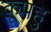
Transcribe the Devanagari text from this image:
कूपहु